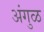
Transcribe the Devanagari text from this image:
अंगुळ